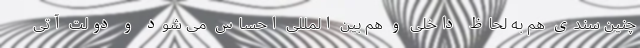
چنین سندی هم به لحاظ داخلی و هم بین المللی احساس می شود و دولت آتی